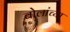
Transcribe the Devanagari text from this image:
बोलांच्या